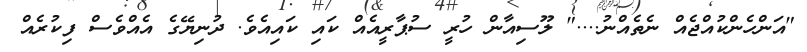
"އަންހެންކުއްޖެއް ނެތެއްނު...." ލޫސިއާން ހުރީ ސުޕާރީއެއް ކައި ކައިއެވެ. ދުނިޔޭގެ އެއްވެސް ފިކުރެއް